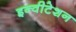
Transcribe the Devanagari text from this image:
इन्वीटेशन